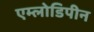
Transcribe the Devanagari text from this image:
एम्लोडिपीन